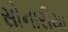
સોનારીયા